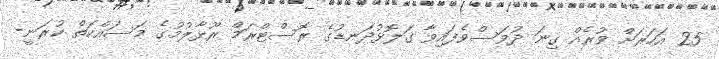
25 އަހަރަށް ވުރެއް ގިނަ ދުވަސްވެފައިވާ ގަލޮޅުދަނޑުގެ ރޮސްޓްރަމް ރޫޅާލުމުގެ މަސައްކަތް ކުރަނީ-